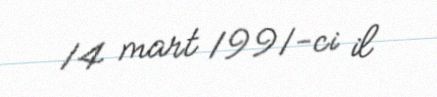
14 mart 1991-ci il